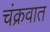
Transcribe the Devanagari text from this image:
चंक्रवात